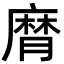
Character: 𢊶